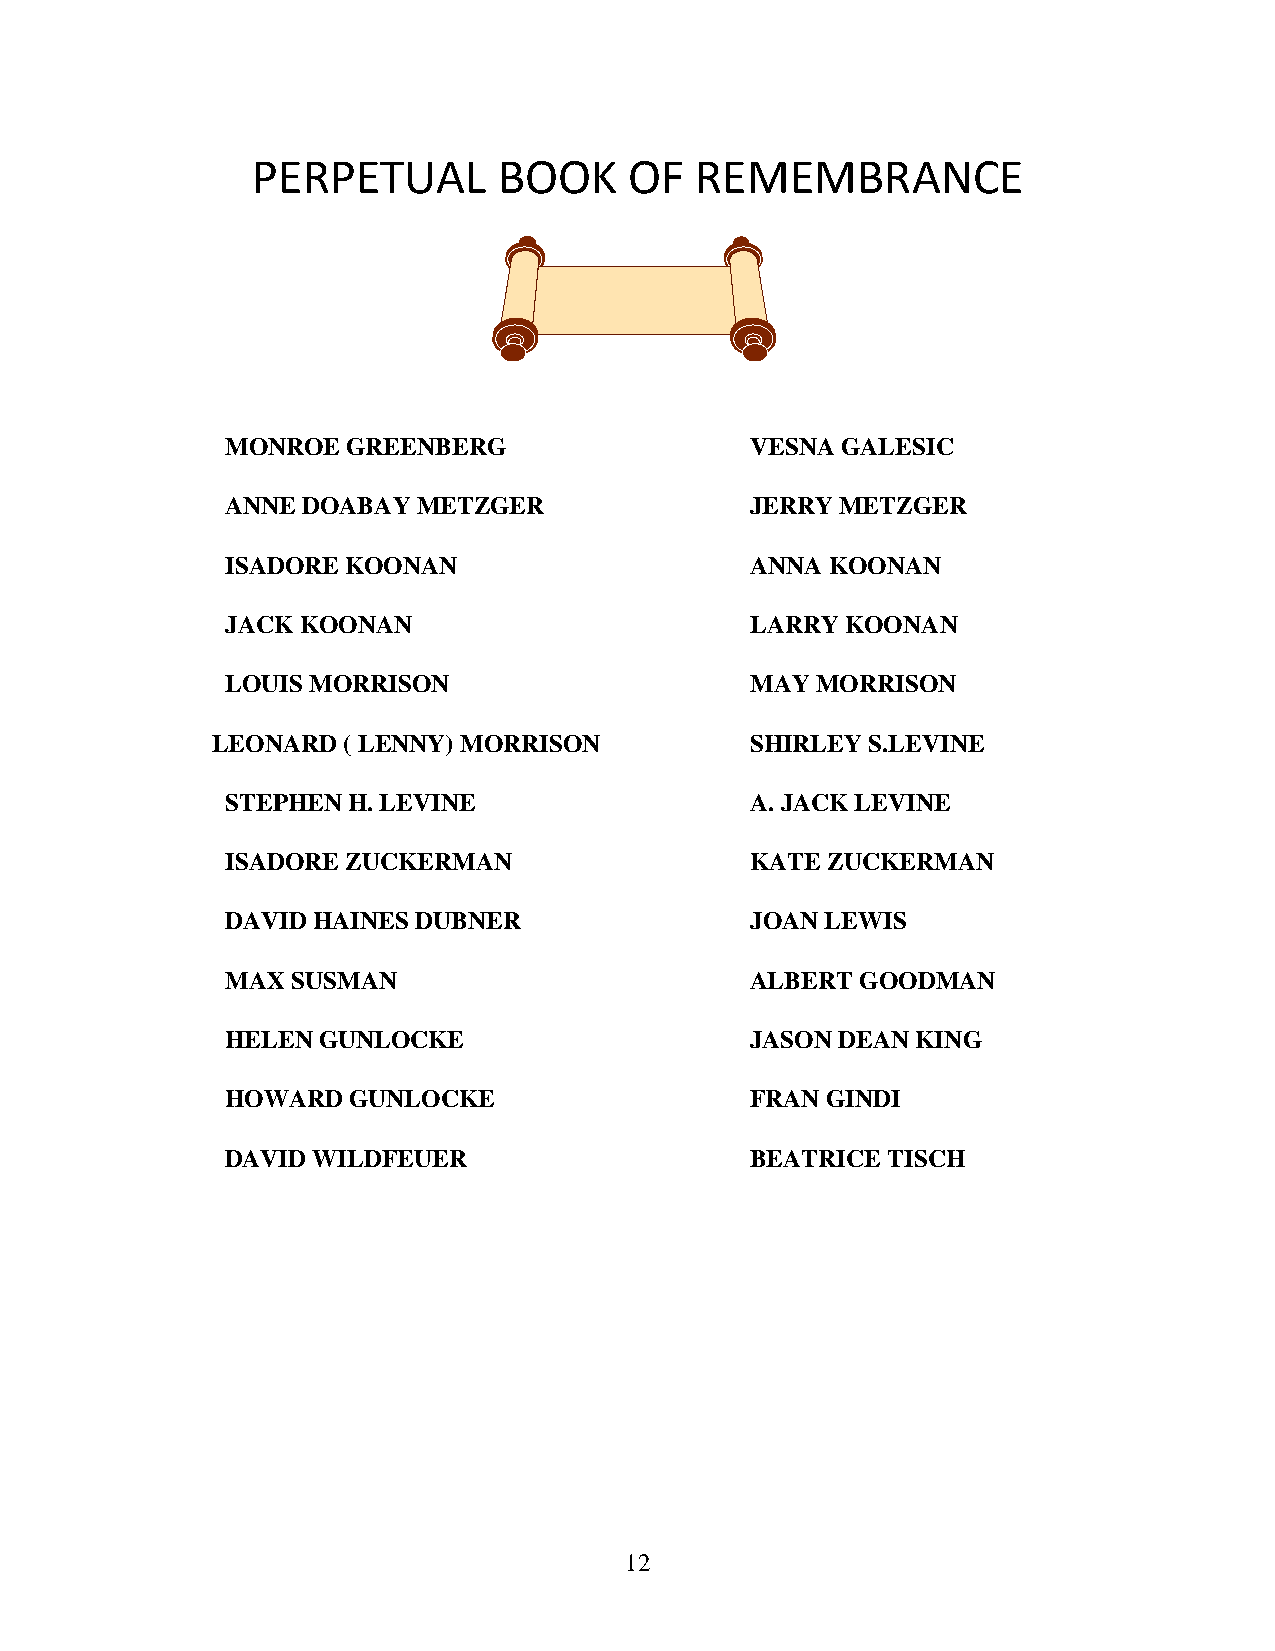
PERPETUAL       BOOK     OF  REMEMBRANCE
 MONROE  GREENBERG                  VESNA GALESIC
 ANNE DOABAY  METZGER               JERRY METZGER
 ISADORE KOONAN                     ANNA KOONAN
 JACK KOONAN                        LARRY KOONAN
 LOUIS MORRISON                     MAY MORRISON
 LEONARD  ( LENNY) MORRISON          SHIRLEY S.LEVINE
 STEPHEN H. LEVINE                  A. JACK LEVINE
 ISADORE ZUCKERMAN                  KATE ZUCKERMAN
 DAVID HAINES DUBNER                JOAN LEWIS
 MAX SUSMAN                         ALBERT GOODMAN
 HELEN GUNLOCKE                     JASON DEAN KING
 HOWARD  GUNLOCKE                   FRAN GINDI
 DAVID WILDFEUER                    BEATRICE TISCH
 12